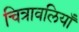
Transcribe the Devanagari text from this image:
चित्रावलियाँ